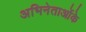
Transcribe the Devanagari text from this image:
अभिनेताओंके